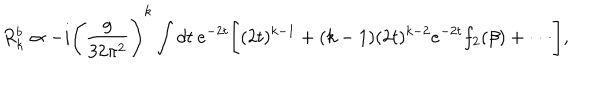
R _ { k } ^ { b } \propto - i \Bigg ( \frac { g } { 3 2 \pi ^ { 2 } } \Bigg ) ^ { k } \int d t \: e ^ { - 2 t } \Bigg [ ( 2 t ) ^ { k - 1 } + ( k - 1 ) ( 2 t ) ^ { k - 2 } e ^ { - 2 t } f _ { 2 } ( \beta ) + \cdot \cdot \cdot \Bigg ] ,